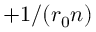
+ 1 / ( r _ { 0 } n )